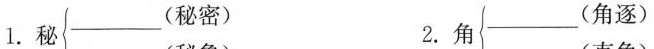
1.秘 ___ (秘密) 2.角 ___ (直角)